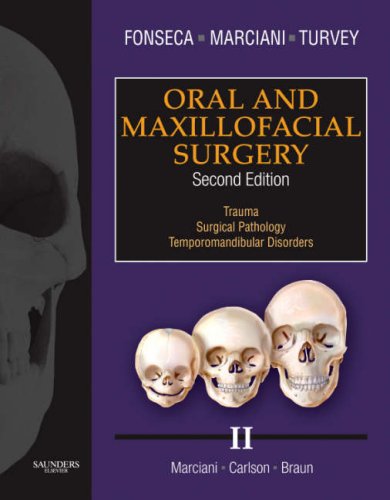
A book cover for Oral and Maxillofacial Surgery: Volume 2, 2e; Raymond J. Fonseca DMD; Medical Books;